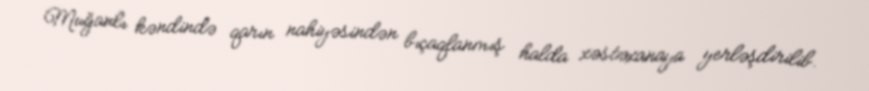
Muğanlı kəndində qarın nahiyəsindən bıçaqlanmış halda xəstəxanaya yerləşdirilib.